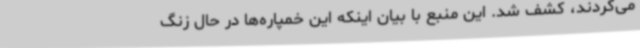
می‌کردند، کشف شد. این منبع با بیان اینکه این خمپاره‌ها در حال زنگ